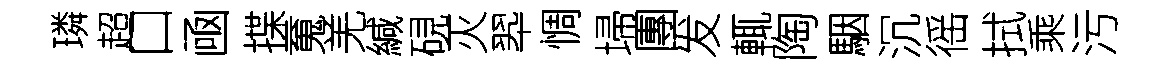
璘超口凾揲䰟羌緘硯灭翆惆埽團发輒陶駰沉徭拭乘污